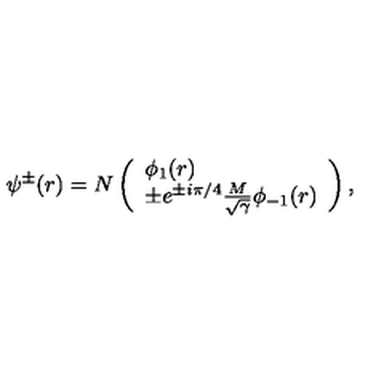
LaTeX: \psi ^ { \pm } ( r ) = N \left( \begin{array} { l } { \phi _ { 1 } ( r ) } \\ { \pm e ^ { \pm i \pi / 4 } \frac { M } { \sqrt { \gamma } } \phi _ { - 1 } ( r ) } \\ \end{array} \right) ,